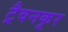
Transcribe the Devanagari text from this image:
ट्रैवनकूर